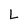
Character: L